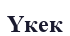
Үкек